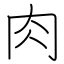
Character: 肉